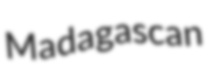
Madagascan